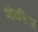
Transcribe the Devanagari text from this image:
शेकीज